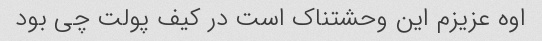
اوه عزیزم این وحشتناک است در کیف پولت چی بود